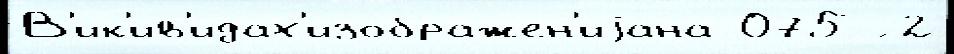
В'ик'ив'идах'изображен'иjана 075 ́ 2